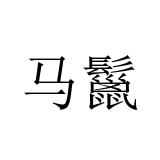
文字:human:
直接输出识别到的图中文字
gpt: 马鬣